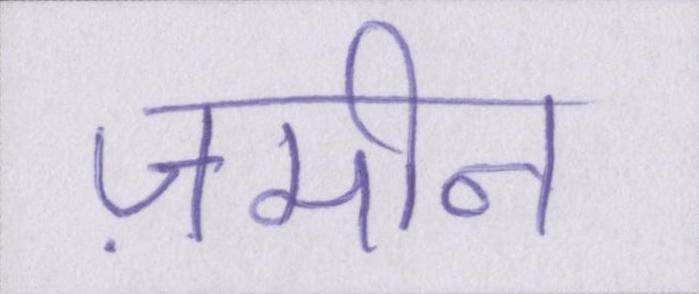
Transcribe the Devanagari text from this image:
ज़मीन